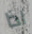
اذا